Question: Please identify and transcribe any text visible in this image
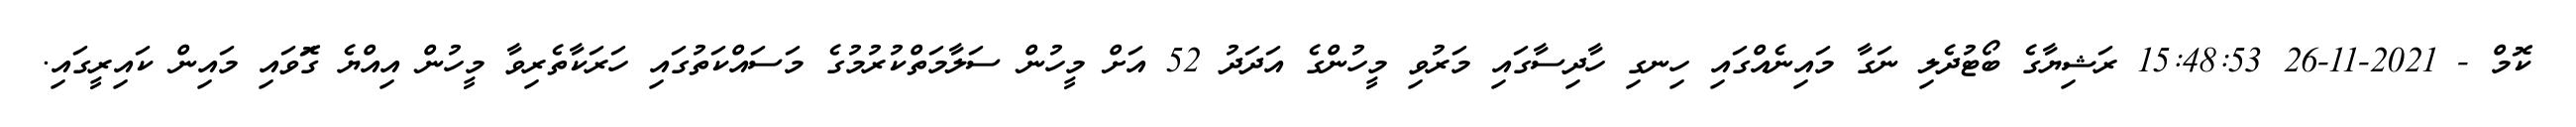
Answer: ކޮމް - 2021-11-26 15:48:53 ރަޝިޔާގެ ބޯޓުދެލި ނަގާ މައިނެއްގައި ހިނގި ހާދިސާގައި މަރުވި މީހުންގެ އަދަދު 52 އަށް މީހުން ސަލާމަތްކުރުމުގެ މަސައްކަތުގައި ހަރަކާތެރިވާ މީހުން އިއްޔެ ގޮަވައި މައިން ކައިރީގައި.